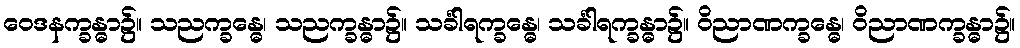
ဝေဒနက္ခန္ဓာ၌။ သညက္ခန္ဓေ၊ သညက္ခန္ဓာ၌။ သင်္ခါရက္ခန္ဓေ၊ သင်္ခါရက္ခန္ဓာ၌။ ဝိညာဏက္ခန္ဓေ၊ ဝိညာဏက္ခန္ဓာ၌။